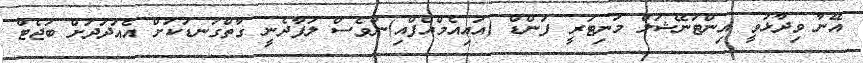
އޭނާ ވިދާޅުވީ އިންޓަނޭޝަލް މަނިޓަރީ ފަންޑް (އައިއެމްއެފްއި)ންވެސް ލަފާދެނީ ގާތްގަނޑަކަށް އެއަދަދަށް ބަޖެޓް